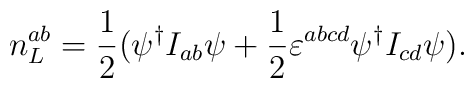
n_L^{ab}=\frac 12(\psi ^{\dagger }I_{ab}\psi +\frac 12\varepsilon^{abcd}\psi ^{\dagger }I_{cd}\psi ).